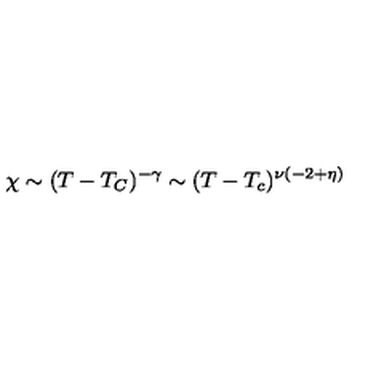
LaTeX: \chi \sim ( T - T _ { C } ) ^ { - \gamma } \sim ( T - T _ { c } ) ^ { \nu ( - 2 + \eta ) }